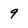
Character: q